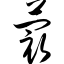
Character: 蕞